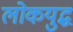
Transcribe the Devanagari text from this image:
लोकयुद्ध